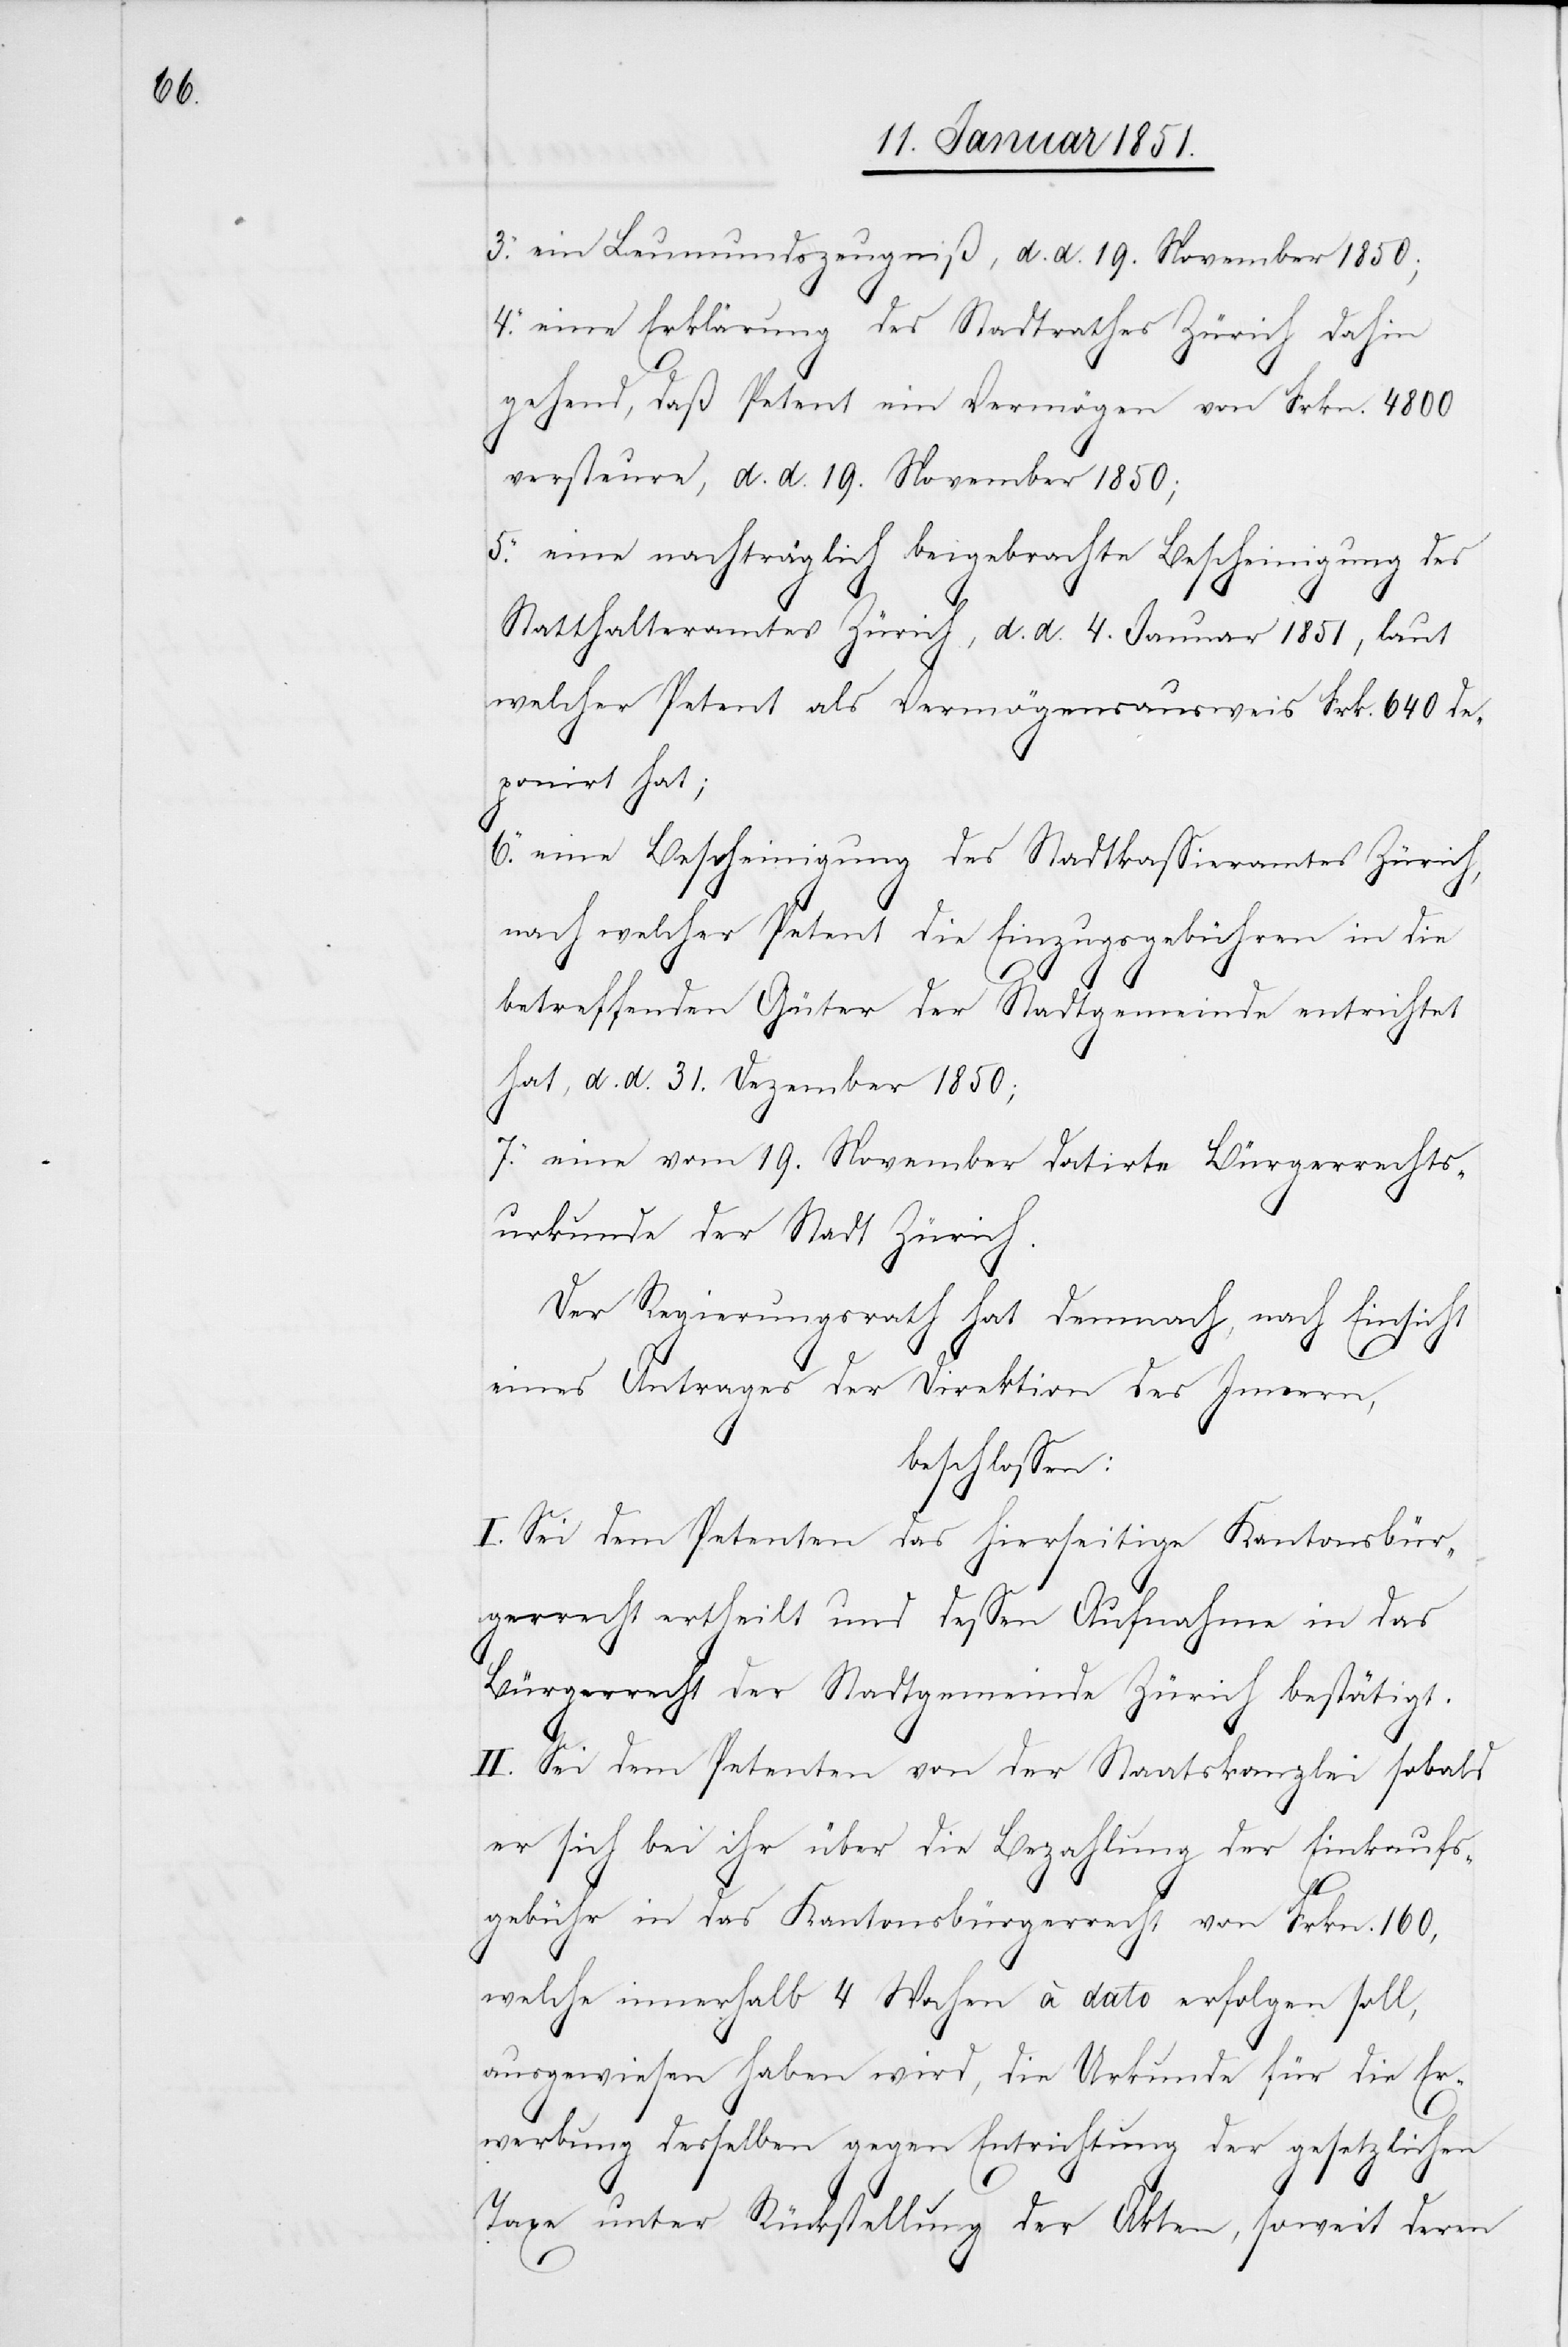
ein Leumundszeugniß, d. d. 19. November 1850;
eine Erklärung des Stadtrathes Zürich dahin
gehend, daß Petent ein Vermögen von Frkn. 4800
versteure, d. d. 19. November 1850;
eine nachträglich beigebrachte Bescheinigung des
Statthalteramtes Zürich, d. d. 4. Januar 1851, laut
welcher Petent als Vermögensausweis Frk. 640 de¬
ponirt hat;
eine Bescheinigung des Stadtkassieramtes Zürich,
nach welcher Petent die Einzugsgebühren in die
6.
betreffenden Güter der Stadtgemeinde entrichtet
hat, d. d. 31. Dezember 1850;
eine vom 19. November datirte Bürgerrechts¬
urkunde der Stadt Zürich.
Der Regierungsrath hat demnach, nach Einsicht
eines Antrages der Direktion des Innern,
beschlossen:
I. Sei dem Petenten das hierseitige Kantonsbür¬
gerrecht ertheilt und dessen Aufnahme in das
Bürgerrecht der Stadtgemeinde Zürich bestätigt.
II. Sei dem Petenten von der Staatskanzlei sobald
er sich bei ihr über die Bezahlung der Einkaufs¬
4.
gebühr in das Kantonsbürgerrecht von Frkn. 160,
welche innerhalb 4 Wochen à dato erfolgen soll,
ausgewiesen haben wird, die Urkunde für die Er¬
werbung desselben gegen Entrichtung der gesetzlichen
Taxe unter Rückstellung der Akten, soweit deren